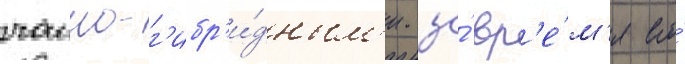
чаино-г'ибр'и́дным'и. за́ вр'е́м'я его́